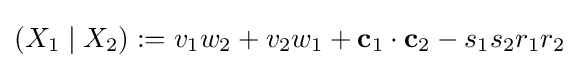
\left(X_{1}\mid X_{2}\right):=v_{1}w_{2}+v_{2}w_{1}+\mathbf {c} _{1}\cdot \mathbf {c} _{2}-s_{1}s_{2}r_{1}r_{2}